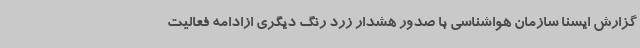
گزارش ایسنا سازمان هواشناسی با صدور هشدار زرد رنگ دیگری ازادامه فعالیت